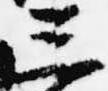
三